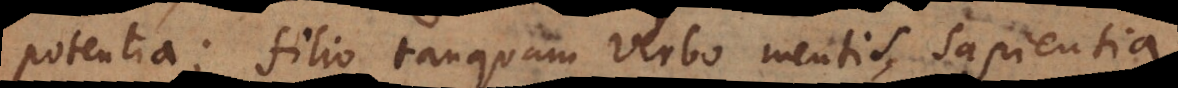
potentia; filio tanquam Verbo mentis, sapientia,